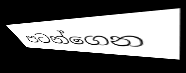
පටන්ගෙන